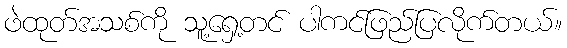
ဖဲထုတ်အသစ်ကို သူ့ရှေ့တင် ပါကင်ဖြည်ပြလိုက်တယ်။